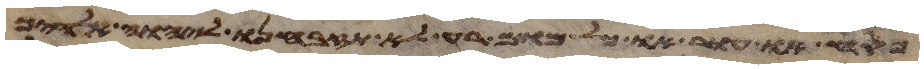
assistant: פסח או עור או כל מום רע לא תזבחנו ליהוה אלהיך